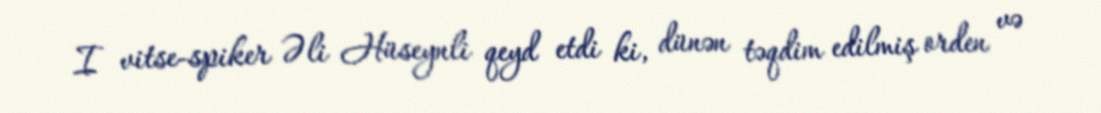
I vitse-spiker Əli Hüseynli qeyd etdi ki, dünən təqdim edilmiş orden və